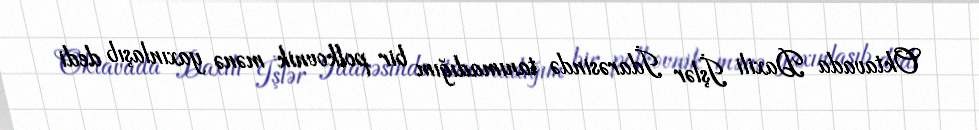
Oktavada Daxili İşlər İdarəsində tanımadığım bir polkovnik mənə yaxınlaşıb dedi